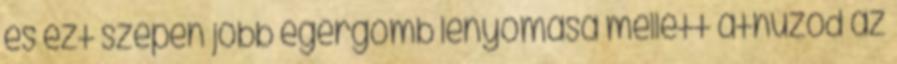
és ezt szépen jobb egérgomb lenyomása mellett áthúzód az